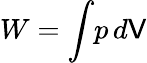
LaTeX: W=\int\! p\, d\mathsf{V}